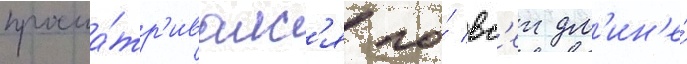
просма́тр'ивалс'я по́ вс'еи дл'ин'е́